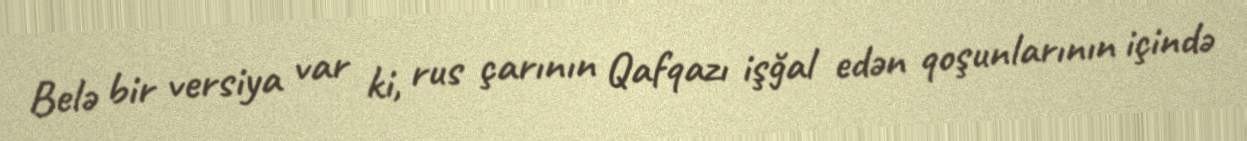
Belə bir versiya var ki, rus çarının Qafqazı işğal edən qoşunlarının içində